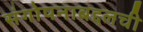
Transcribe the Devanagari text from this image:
संगोपनाबद्दलची